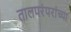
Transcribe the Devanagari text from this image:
तालपरंपरांच्या